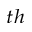
^ { t h }